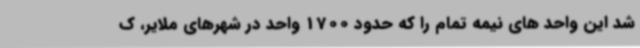
شد این واحد های نیمه تمام را که حدود 1700 واحد در شهرهای ملایر، ک